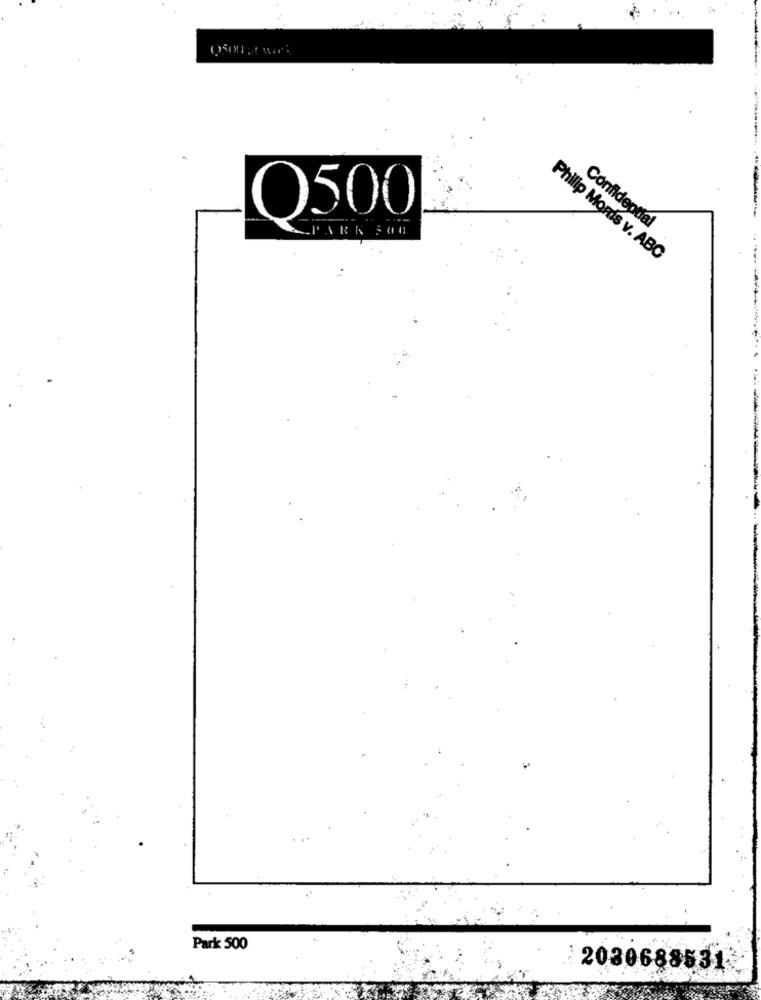
Q500
PARK 500
Confidential
Philip Moris v. ABC
Park 500
2030688531